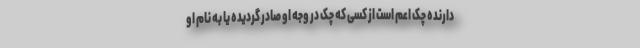
دارنده چک اعم است از کسی که چک در وجه او صادر گردیده یا به نام او